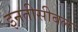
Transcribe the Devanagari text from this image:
इनतीसीबल